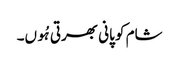
شام کو پانی بھرتی ہُوں۔